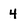
Character: 4